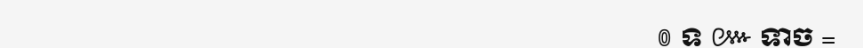
_____________________________________________ ៙ ទ ៚ ទាច =